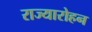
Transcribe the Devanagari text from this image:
राज्यारोहन